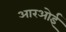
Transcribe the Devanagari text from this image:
आरओई